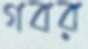
গবর